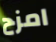
امزح